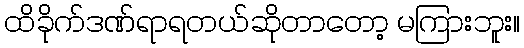
ထိခိုက်ဒဏ်ရာရတယ်ဆိုတာတော့ မကြားဘူး။